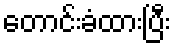
တောင်းခံထားပြီး